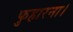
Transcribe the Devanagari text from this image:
फुहारना।